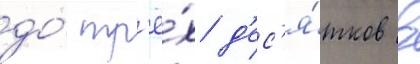
до́ тр'ё́х д'ес'я́тков в